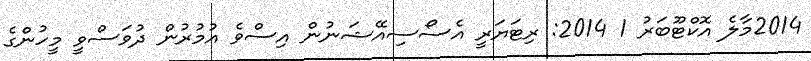
2014މާލެ އޮކްޓޫބަރު 1 2014: ރިޓަޔަރީ އެސޯސިއޭޝަނުން އިސްވެ އުމުރުން ދުވަސްވީ މީހުންގެ